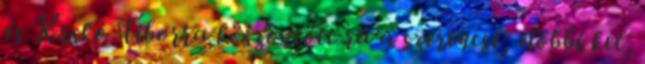
és Krskó Tiborra köszöntött rá a szerencse, előbbi két,